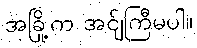
အခြို့က အင်ျကြီမပါ။